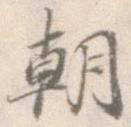
朝